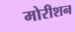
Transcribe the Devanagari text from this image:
मोरीशन